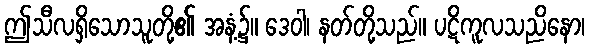
ဤသီလရှိသောသူတို့၏ အနံ့၌။ ဒေဝါ၊ နတ်တို့သည်။ ပဋိကူလသညိနော၊